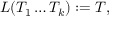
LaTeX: L ( T _ { 1 } \dots T _ { k } ) : = T ,